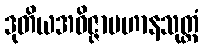
ဒုတိယအဝိဇ္ဇာပဟာနသုတ္တံ